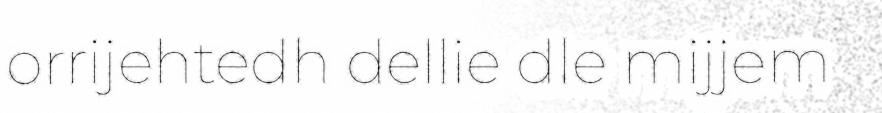
orrijehtedh dellie dle mijjem